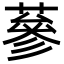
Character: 蔘